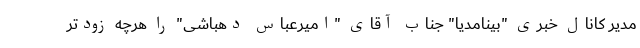
مدیر کانال خبری "بینامدیا" جناب آقای "امیرعباس دهباشی" را هرچه زودتر